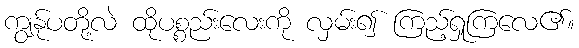
ကျွန်ုပတို့လဲ ထိုပစ္စည်းလေးကို လှမ်း၍ ကြည့်ရှုကြလေ၏။